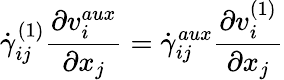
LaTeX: \dot{\gamma}_{ij}^{(1)}\frac{\partial v_{i}^{aux}}{\partial x_{j}}=\dot{\gamma}_{ij}^{aux}\frac{\partial v_{i}^{(1)}}{\partial x_{j}}